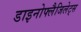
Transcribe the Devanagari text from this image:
डाइनोफ्लैजिलेट्स